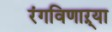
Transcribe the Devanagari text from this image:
रंगविणाऱ्या